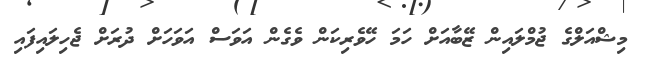
މިޝްއަލްގެ ޖުމްލައިން ޒޭބާއަށް ހަމަ ހޭވެރިކަން ވެގެން އަވަސް އަވަހަށް ދުރަށް ޖެހިލައިފައި